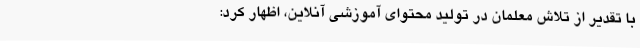
با تقدیر از تلاش معلمان در تولید محتوای آموزشی آنلاین، اظهار کرد: